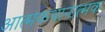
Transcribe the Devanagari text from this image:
आत्मकथानात्मक